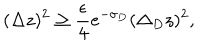
( \Delta z ) ^ { 2 } \ge { \frac { \epsilon } { 4 } } e ^ { - \sigma _ { D } } ( \Delta _ { D } z ) ^ { 2 } ,